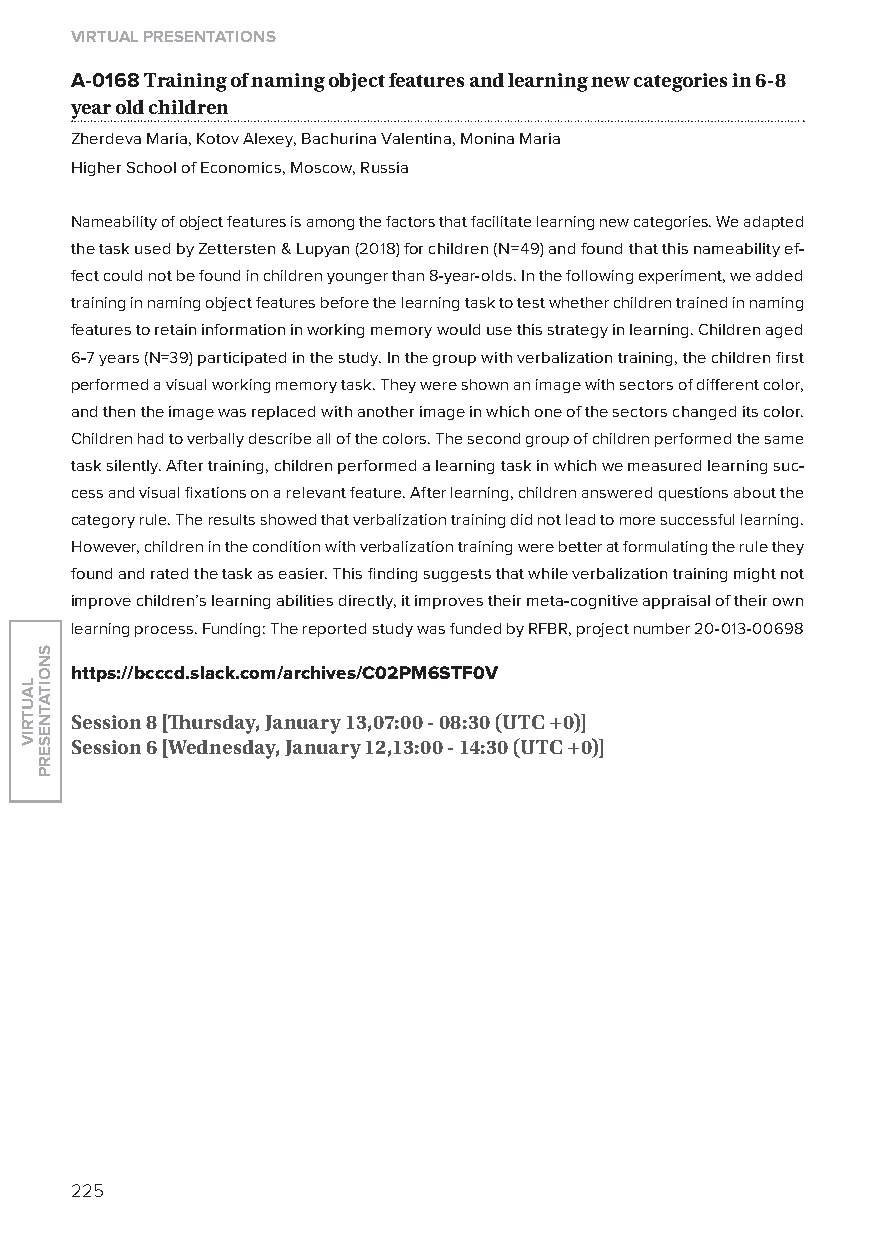
virtual presentations
 A-0168 training of naming object features and learning new categories in 6-8
 year old children
 Zherdeva Maria, Kotov Alexey, Bachurina Valentina, Monina Maria
 Higher School of Economics, Moscow, Russia
 Nameability of object features is among the factors that facilitate learning new categories. We adapted
 the task used by Zettersten & lupyan (2018) for children (N=49) and found that this nameability ef-
 fect could not be found in children younger than 8-year-olds. In the following experiment, we added
 training in naming object features before the learning task to test whether children trained in naming
 features to retain information in working memory would use this strategy in learning. Children aged
 6-7 years (N=39) participated in the study. In the group with verbalization training, the children first
 performed a visual working memory task. They were shown an image with sectors of different color,
 and then the image was replaced with another image in which one of the sectors changed its color.
 Children had to verbally describe all of the colors. The second group of children performed the same
 task silently. After training, children performed a learning task in which we measured learning suc-
 cess and visual fixations on a relevant feature. After learning, children answered questions about the
 category rule. The results showed that verbalization training did not lead to more successful learning.
 However, children in the condition with verbalization training were better at formulating the rule they
 found and rated the task as easier. This finding suggests that while verbalization training might not
 improve children’s learning abilities directly, it improves their meta-cognitive appraisal of their own
 learning process. Funding: The reported study was funded by RFBR, project number 20-013-00698
 https://bcccd.slack.com/archives/C02pM6sTF0v
 session 8 [Thursday, January 13,07:00 - 08:30 (utC +0)]
 session 6 [Wednesday, January 12,13:00 - 14:30 (utC +0)]
 225
 lautriv
 snoitatneserp